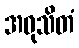
အဝုသိတံ